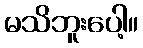
မသိဘူးပေါ့။